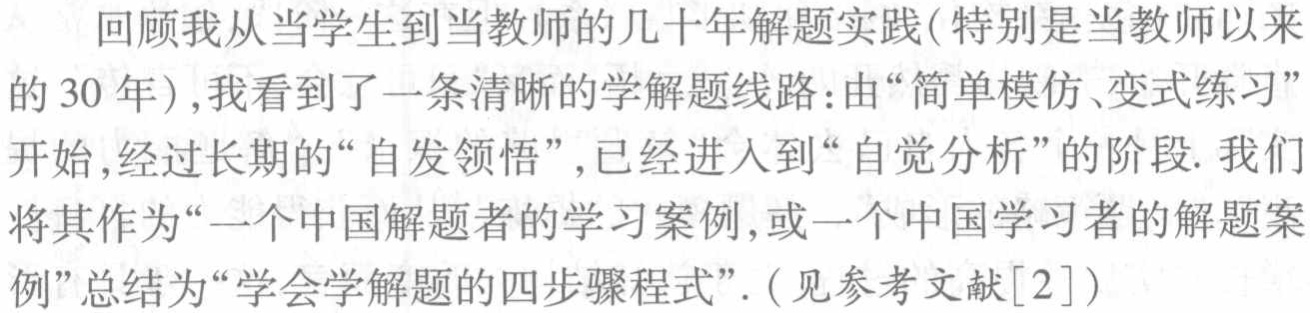
回顾我从当学生到当教师的几十年解题实践(特别是当教师以来的 30 年),我看到了一条清晰的学解题线路:由“简单模仿、变式练习”开始,经过长期的“自发领悟”,已经进入到“自觉分析”的阶段. 我们将其作为“一个中国解题者的学习案例,或一个中国学习者的解题案例”总结为“学会学解题的四步骤程式”. (见参考文献[2])